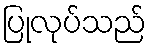
ပြုလုပ်သည်